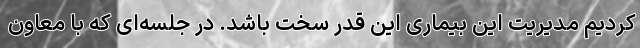
‌کردیم مدیریت این بیماری این قدر سخت باشد. در جلسه‌ای که با معاون